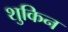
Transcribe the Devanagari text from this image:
शुकिन